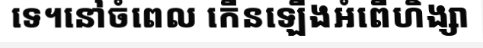
ទេ។នៅចំពេល កើនឡើងអំពើហិង្សា